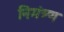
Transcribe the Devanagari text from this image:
निमंत्र्ण